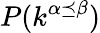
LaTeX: P(k^{\alpha\preceq\beta})